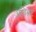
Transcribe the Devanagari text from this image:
अविभ्रष्ट